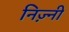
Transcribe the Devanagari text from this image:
निज़्नी